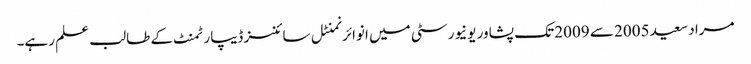
مراد سعید 2005 سے 2009 تک پشاور یونیورسٹی میں انوائرنمنٹل سائنسز ڈیپارٹمنٹ کے طالب علم رہے۔